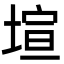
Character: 塇